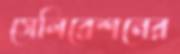
সেলিব্রেশনের